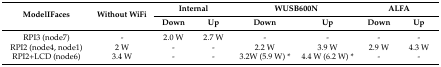
<table><thead><tr><td rowspan="2"><b>ModelIFaces</b></td><td rowspan="2"><b>Without WiFi</b></td><td colspan="2"><b>Internal</b></td><td colspan="2"><b>WUSB600N</b></td><td colspan="2"><b>ALFA</b></td></tr><tr><td><b>Down</b></td><td><b>Up</b></td><td><b>Down</b></td><td><b>Up</b></td><td><b>Down</b></td><td><b>Up</b></td></tr></thead><tbody><tr><td>RPI3 (node7)</td><td>-</td><td>2.0 W</td><td>2.7 W</td><td>-</td><td>-</td><td>-</td><td>-</td></tr><tr><td>RPI2 (node4, node1)</td><td>2 W</td><td>-</td><td>-</td><td>2.2 W</td><td>3.9 W</td><td>2.9 W</td><td>4.3 W</td></tr><tr><td>RPI2+LCD (node6)</td><td>3.4 W</td><td>-</td><td>-</td><td>3.2W (5.9 W) *</td><td>4.4 W (6.2 W) *</td><td>-</td><td>-</td></tr></tbody></table>